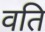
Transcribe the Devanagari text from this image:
वति